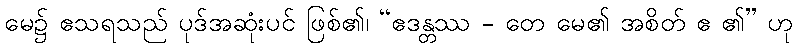
မေ၌ ဧသရသည် ပုဒ်အဆုံးပင် ဖြစ်၏၊ “ဧဒန္တဿ - တေ မေ၏ အစိတ် ဧ ၏” ဟု